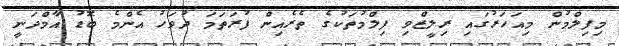
މިފިލްމުން މިއަހަރުގައި ރިލީޒްވި ފިލްމުތަކުގެ ތެރެއިން ފުރަތަމަ ދުވަހު އެންމެ ބޮޑު އާމްދަނީ